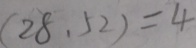
( 2 8 , 5 2 ) = 4